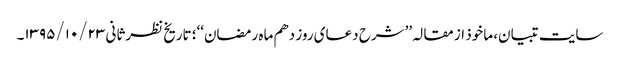
سایت تبیان، ماخوذ از مقالہ ’’شرح دعای روز دهم ماه رمضان‘‘؛ تاریخ نظرثانی ۱۳۹۵/۱۰/۲۳۔